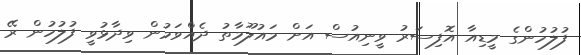
ފުލުހުންގެ މީޑިއާ އޮފިސަރު ވީނިއުސް އަށް މައުލޫމާތު ދެއްވަމުން ވިދާޅުވީ ފުލުހުން ރޭ